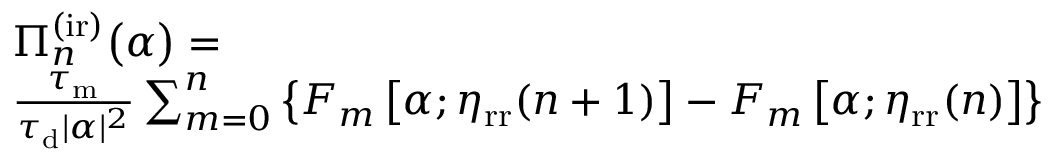
\begin{array} { r l } & { \Pi _ { n } ^ { \mathrm { ( i r ) } } \big ( \alpha \big ) = } \\ & { \frac { \tau _ { \mathrm { m } } } { \tau _ { \mathrm { d } } | \alpha | ^ { 2 } } \sum _ { m = 0 } ^ { n } \left\{ F _ { m } \left[ \alpha ; \eta _ { \mathrm { r r } } ( n + 1 ) \right] - F _ { m } \left[ \alpha ; \eta _ { \mathrm { r r } } ( n ) \right] \right\} } \end{array}